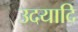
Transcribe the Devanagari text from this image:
उदयादि